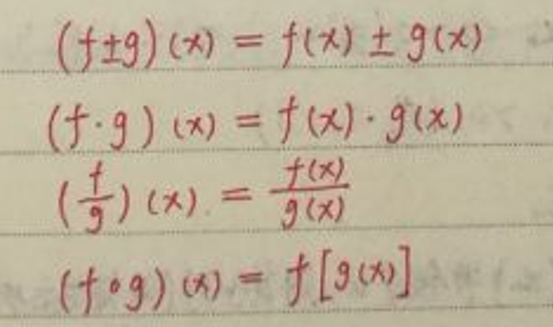
\begin{align*}
(f\pm g)(x)&=f(x)\pm g(x)\\
(f\cdot g)(x)&=f(x)\cdot g(x)\\
\left(\frac{f}{g}\right)(x)&=\frac{f(x)}{g(x)}\\
(f\circ g)(x)&=f[g(x)]
\end{align*}